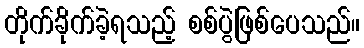
တိုက်ခိုက်ခဲ့ရသည့် စစ်ပွဲဖြစ်ပေသည်။